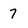
Character: 7